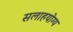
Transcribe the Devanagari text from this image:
सलाहयोग्य